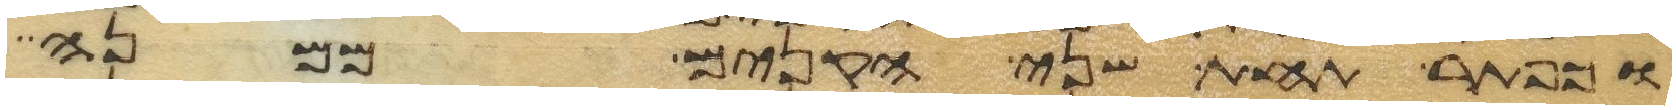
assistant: וכפתר תחת שני הקנים ממנה